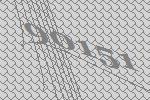
90151